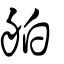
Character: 舶